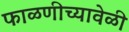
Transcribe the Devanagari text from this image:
फाळणीच्यावेळी